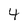
Character: 4